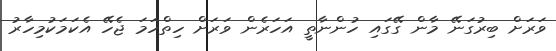
ވަރަށް ބިރުގަނޭ މާން ގޭގައި ހުންނާތީ އަހަރެން ވަރަށް ހިތްހަމަ ޖެހޭ އެކަމަކުމިހާރު